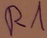
Text: R1